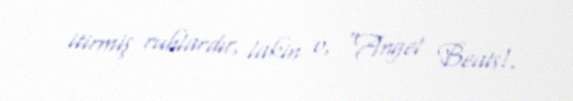
itirmiş ruhlardır, lakin o, "Angel Beats!.